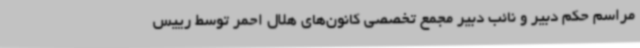
مراسم حکم دبیر و نائب دبیر مجمع تخصصی کانون‌های هلال احمر توسط رییس